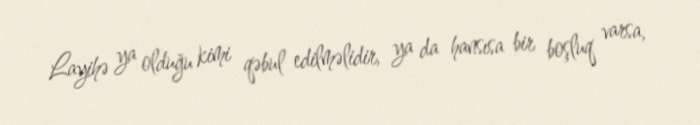
Layihə ya olduğu kimi qəbul edilməlidir, ya da hansısa bir boşluq varsa,